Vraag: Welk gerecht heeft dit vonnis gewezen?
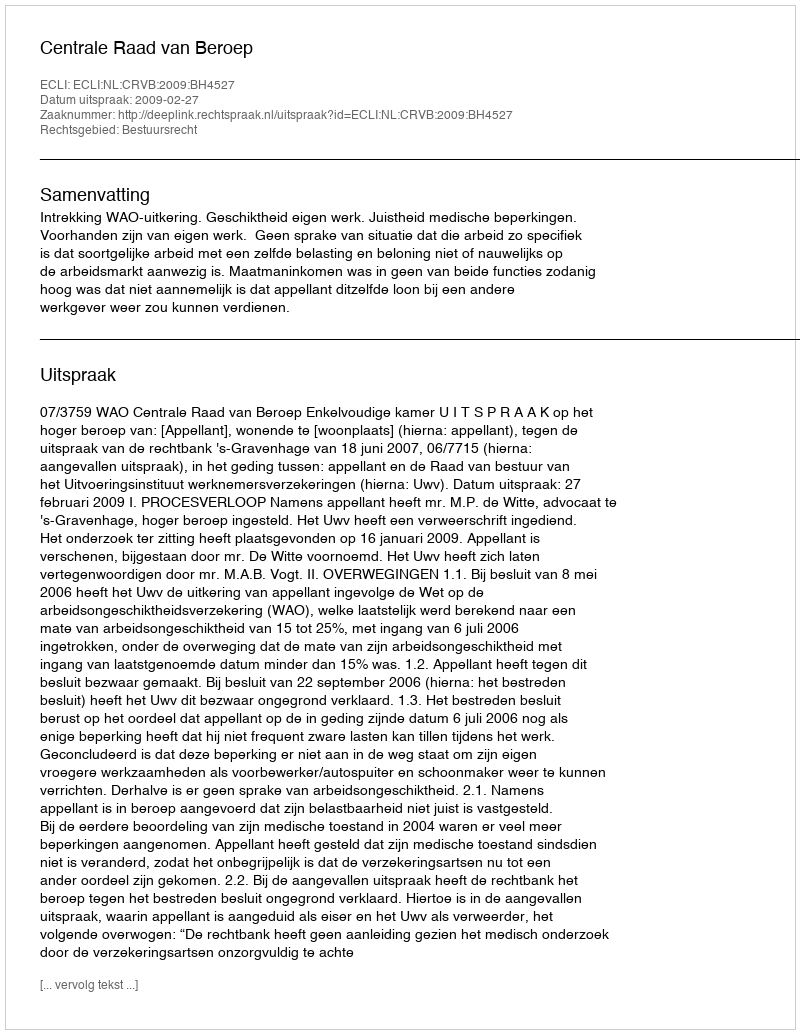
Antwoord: Centrale Raad van Beroep